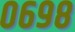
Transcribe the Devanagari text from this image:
०६९८